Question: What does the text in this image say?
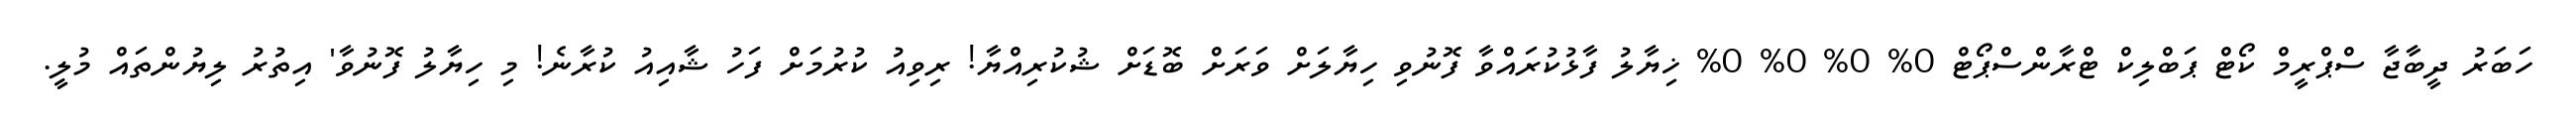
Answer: ހަބަރު ދީބާޖާ ސްޕްރީމް ކޯޓް ޕަބްލިކް ޓްރާންސްޕޯޓް 0% 0% 0% 0% ޚިޔާލު ފާޅުކުރައްވާ ފޮނުވި ހިޔާލަށް ވަރަށް ބޮޑަށް ޝުކުރިއްޔާ! ރިވިއު ކުރުމަށް ފަހު ޝާއިއު ކުރާނެ! މި ހިޔާލު ފޮނުވާ' އިތުރު ލިޔުންތައް މުލީ.